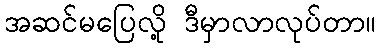
အဆင်မပြေလို့ ဒီမှာလာလုပ်တာ။